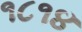
૧૮૧૪